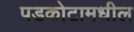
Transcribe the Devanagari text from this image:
पडकोटामधील